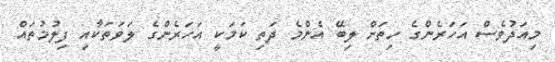
މިއަދުވެސް އަހަރެންގެ ހިތަށް ލިބޭ އެންމެ ދަތި ކަމަކީ އަހަރެންގެ ލަވަތަކާއި ފިލުމުތައް